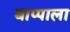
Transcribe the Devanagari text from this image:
बाप्पाला